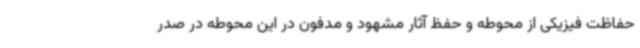
حفاظت فیزیکی از محوطه و حفظ آثار مشهود و مدفون در این محوطه در صدر